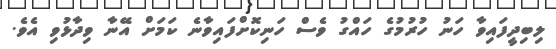
ލިބިދީފައިވާ ހަނު ހުރުމުގެ ހައްގު ވެސް ހަނިކޮށްފައިވާނެ ކަމަށް އޭނާ ވިދާޅުވި އެވެ.